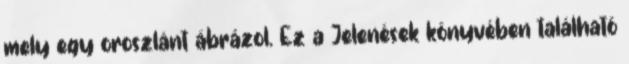
mely egy oroszlánt ábrázol. Ez a Jelenések könyvében található